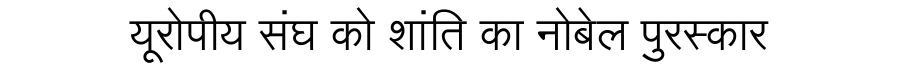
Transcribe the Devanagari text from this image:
यूरोपीय संघ को शांति का नोबेल पुरस्कार